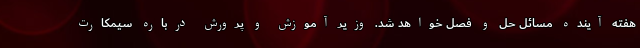
هفته آینده مسائل حل و فصل خواهد شد. وزیر آموزش و پرورش درباره سیمکارت